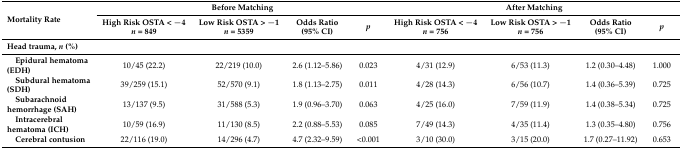
<table><thead><tr><td rowspan="2"><b>Mortality Rate</b></td><td colspan="4"><b>Before Matching</b></td><td colspan="4"><b>After Matching</b></td></tr><tr><td><b>High Risk OSTA &lt; −4<i>n</i> = 849</b></td><td><b>Low Risk OSTA &gt; −1<i>n</i> = 5359</b></td><td><b>Odds Ratio(95% CI)</b></td><td><b><i>p</i></b></td><td><b>High Risk OSTA &lt; −4<i>n</i> = 756</b></td><td><b>Low Risk OSTA &gt; −1<i>n</i> = 756</b></td><td><b>Odds Ratio(95% CI)</b></td><td><b><i>p</i></b></td></tr></thead><tbody><tr><td><b>Head trauma, <i>n</i> (%)</b></td><td></td><td></td><td></td><td></td><td></td><td></td><td></td><td></td></tr><tr><td> <b>Epidural hematoma (EDH)</b></td><td>10/45 (22.2)</td><td>22/219 (10.0)</td><td>2.6 (1.12–5.86)</td><td>0.023</td><td>4/31 (12.9)</td><td>6/53 (11.3)</td><td>1.2 (0.30–4.48)</td><td>1.000</td></tr><tr><td> <b>Subdural hematoma (SDH)</b></td><td>39/259 (15.1)</td><td>52/570 (9.1)</td><td>1.8 (1.13–2.75)</td><td>0.011</td><td>4/28 (14.3)</td><td>6/56 (10.7)</td><td>1.4 (0.36–5.39)</td><td>0.725</td></tr><tr><td> <b>Subarachnoid hemorrhage (SAH)</b></td><td>13/137 (9.5)</td><td>31/588 (5.3)</td><td>1.9 (0.96–3.70)</td><td>0.063</td><td>4/25 (16.0)</td><td>7/59 (11.9)</td><td>1.4 (0.38–5.34)</td><td>0.725</td></tr><tr><td> <b>Intracerebral hematoma (ICH)</b></td><td>10/59 (16.9)</td><td>11/130 (8.5)</td><td>2.2 (0.88–5.53)</td><td>0.085</td><td>7/49 (14.3)</td><td>4/35 (11.4)</td><td>1.3 (0.35–4.80)</td><td>0.756</td></tr><tr><td> <b>Cerebral contusion</b></td><td>22/116 (19.0)</td><td>14/296 (4.7)</td><td>4.7 (2.32–9.59)</td><td>&lt;0.001</td><td>3/10 (30.0)</td><td>3/15 (20.0)</td><td>1.7 (0.27–11.92)</td><td>0.653</td></tr></tbody></table>